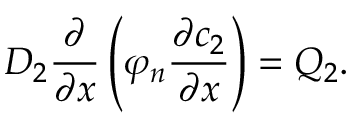
D _ { 2 } \frac { \partial } { \partial x } \left( \varphi _ { n } \frac { \partial c _ { 2 } } { \partial x } \right) = Q _ { 2 } .